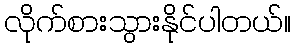
လိုက်စားသွားနိုင်ပါတယ်။